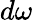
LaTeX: d\omega